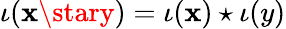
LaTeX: \iota(\mathbf{x}\stary)=\iota(\mathbf{x})\star\iota(y)